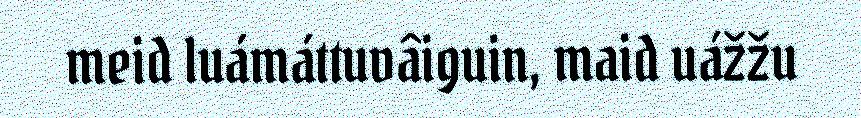
meid luámáttuvâiguin, maid uážžu